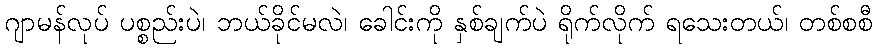
ဂျာမန်လုပ် ပစ္စည်းပဲ၊ ဘယ်ခိုင်မလဲ၊ ခေါင်းကို နှစ်ချက်ပဲ ရိုက်လိုက် ရသေးတယ်၊ တစ်စစီ